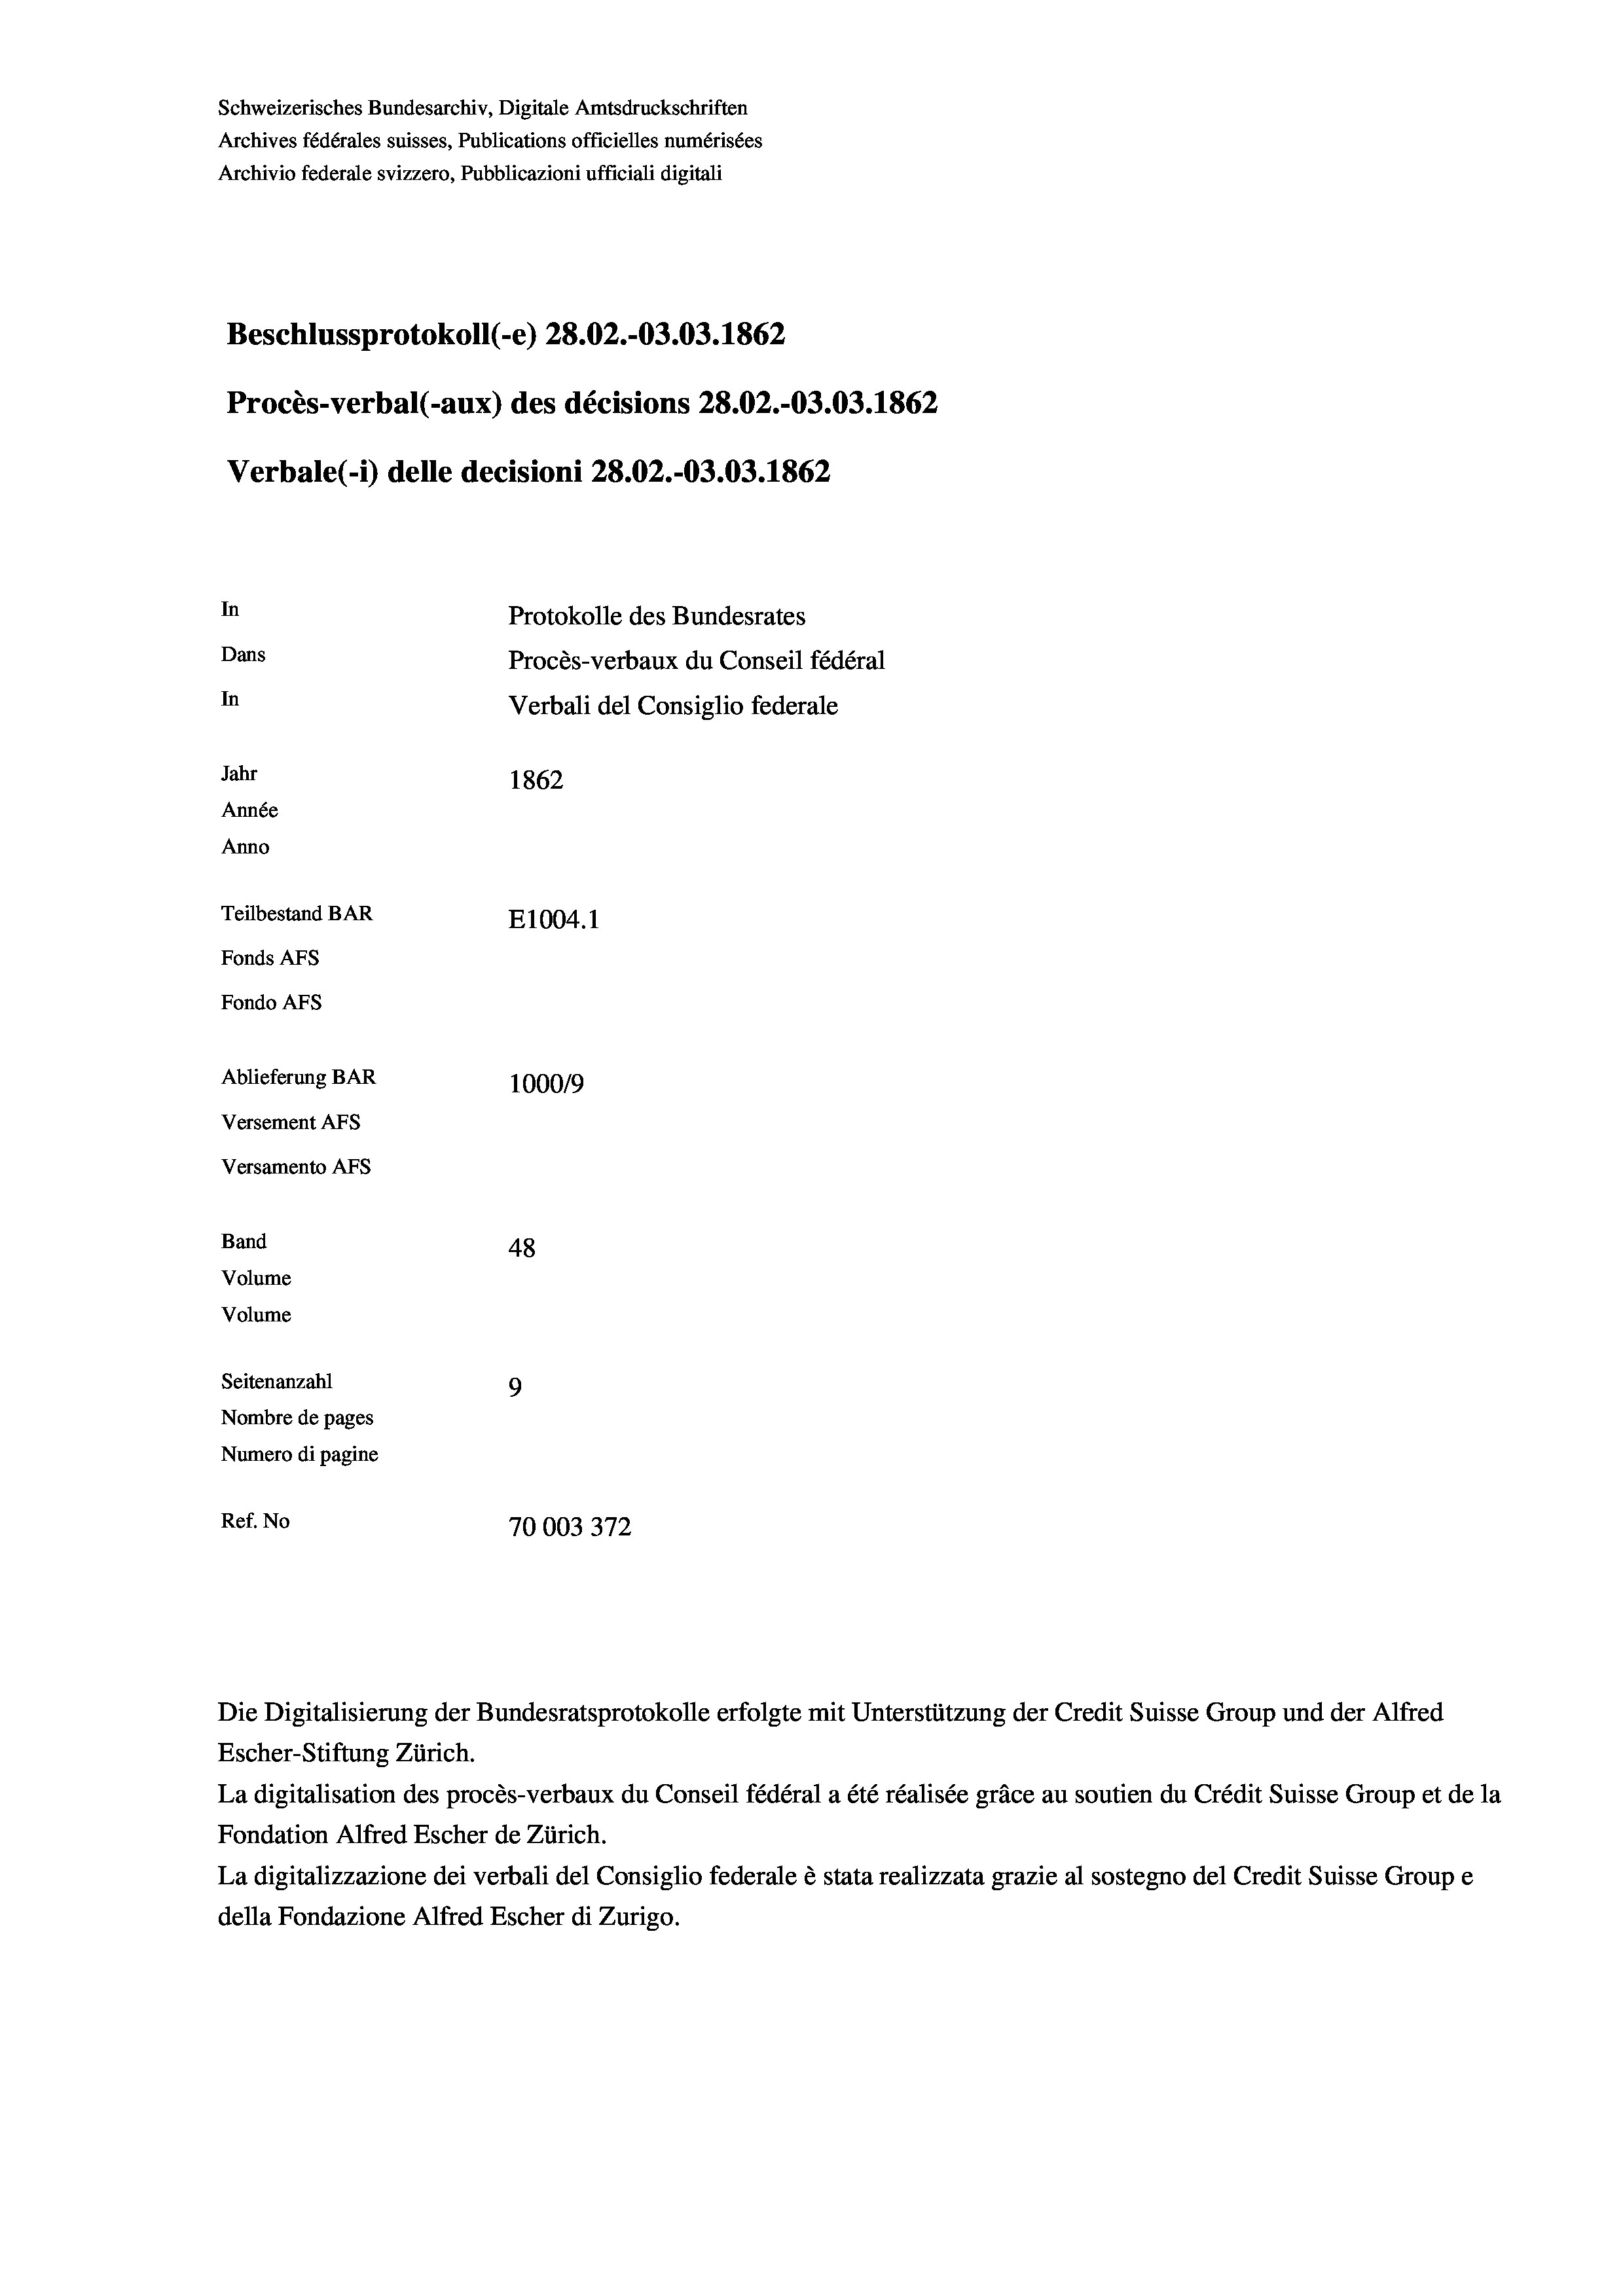
Schweizerisches Bundesarchiv, Digitale Amtsdruckschriften
Archives fédérales suisses, Publications officielles numérisées
Archivio federale svizzero, Pubblicazioni ufficiali digitali
Beschlussprotokoll (-e) 28.02.-03.03. 1862
Procès-verbal (-aux) des décisions 28.02.-03.03. 1862
Verbale (i) delle decisioni 28.02.-03.03. 1862
In
Protokolle des Bundesrates
Dans
Procès-verbaux du Conseil fédéral
In
Verbali del Consiglio federale
Jahr
1862
Année
Anno
Teilbestand BAR
E1004. 1
Fonds AFs
Fondo AFs
Ablieferung BAR
100019
Versement AFs
Versamento Afs
Band
48
Volume
Volume
Seitenanzahl
9
Nombre de pages
Numero di pagine
Ref. No
10003372

Escher-Stiftung Zürich.
La digitalisation des procès-verbaux du Conseil fédéral a été réalisée gräce au soutien du Crédit Suisse Group et de la
Fondation Alfred Escher de Zürich.
La digitalizzazione dei verbali del Consiglio federale è stata realizzata grazie al sostegno del Credit Suisse Groupe
della Fondazione Alfred Escher di Zurigo.

Die Digitalisierung der Bundesratsprotokolle erfolgte mit Unterstützung der Credit Suisse Group und der Alfred